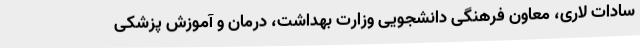
سادات لاری، معاون فرهنگی دانشجویی وزارت بهداشت، درمان و آموزش پزشکی